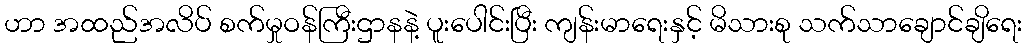
ဟာ အထည်အလိပ် စက်မှုဝန်ကြီးဌာနနဲ့ ပူးပေါင်းပြီး ကျန်းမာရေးနှင့် မိသားစု သက်သာချောင်ချိရေး